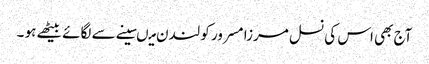
آج بھی اس کی نسل مرزا مسرور کو لندن میںسینے سے لگائے بیٹھے ہو ۔